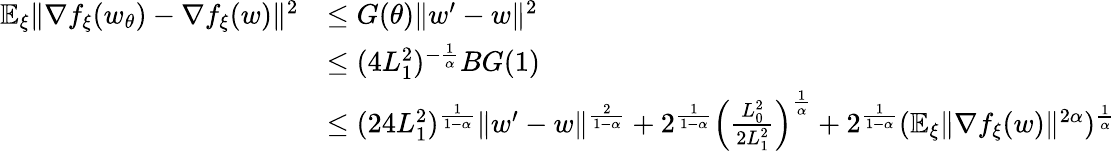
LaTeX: \begin{array}{rl}{\mathbb{E}_{\xi}\| \nabla f_{\xi}(w_{\theta})-\nabla f_{\xi}(w)\| ^{2}}&{\le G(\theta)\| w^{\prime}-w\| ^{2}}\\ &{\le(4L_{1}^{2})^{-\frac{1}{\alpha}}BG(1)}\\ &{\le(24L_{1}^{2})^{\frac{1}{1-\alpha}}\| w^{\prime}-w\| ^{\frac{2}{1-\alpha}}+2^{\frac{1}{1-\alpha}}\Big(\frac{L_{0}^{2}}{2L_{1}^{2}}\Big)^{\frac{1}{\alpha}}+2^{\frac{1}{1-\alpha}}(\mathbb{E}_{\xi}\| \nabla f_{\xi}(w)\| ^{2\alpha})^{\frac{1}{\alpha}}}\end{array}